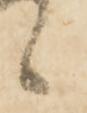
ヽ